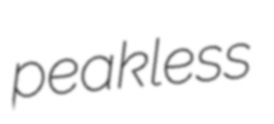
peakless